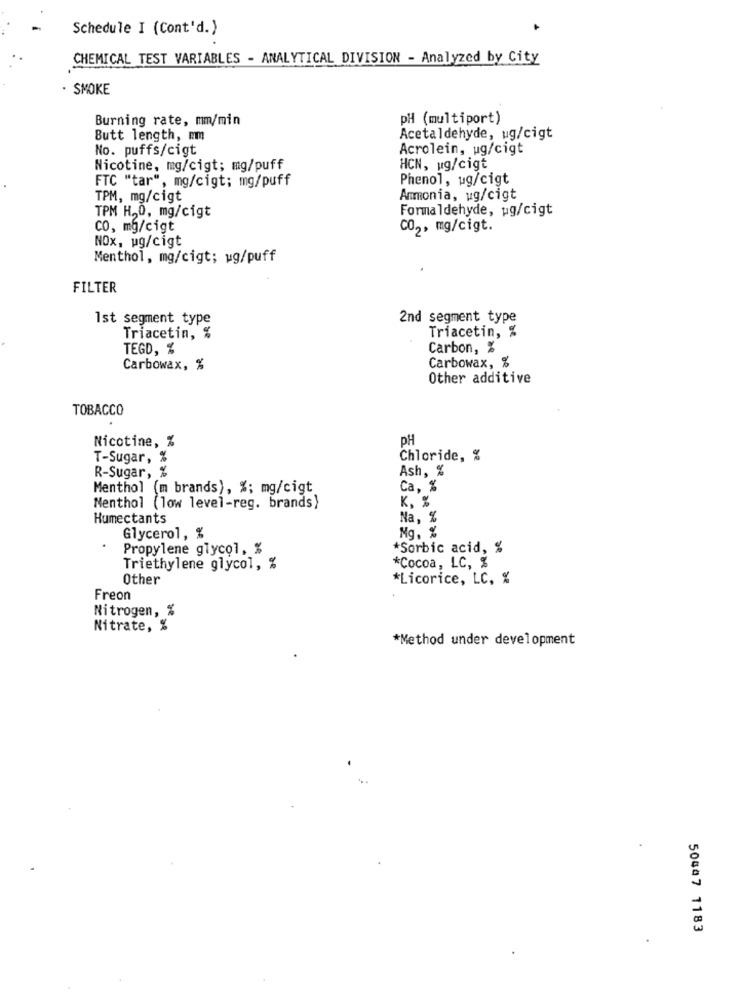
Schedule I (Cont'd.)
CHEMICAL TEST VARIABLES - ANALYTICAL DIVISION - Analyzed by City
· SMOKE
Burning rate, mm/min
pH (multiport)
Butt length, mm
Acetaldehyde, ug/cigt
No. puffs/cigt
Acrolein, ug/cigt
Nicotine, mg/cigt; mg/puff
HCN, ug/cigt
FTC "tar", mg/cigt; mg/puff
Phenol, ug/cigt
TPM, mg/cigt
Ammonia, ug/cigt
TPM H,0, mg/cigt
Formaldehyde, ug/cigt
CO, mg/cigt
CO2, mg/cigt.
NOx, ug/cigt
Menthol, mg/cigt; ug/puff
FILTER
Ist segment type
2nd segment type
Triacetin, %
Triacetin, %
TEGD, %
Carbon, %
Carbowax, %
Carbowax, %
Other additive
TOBACCO
PH
Nicotine, %
T-Sugar, %
Chloride, %
R-Sugar, %
Ash, %
Menthol (m brands), %; mg/cigt
Ca, %
K . %
Menthol (low level-reg. brands)
Humectants
Na, %
Glycerol, %
Mg, %
Propylene glycol, %
*Sorbic acid, %
Triethylene glycol, %
*Cocoa, LC, %
Other
*Licorice, LC, %
Freon
Nitrogen, %
Nitrate, %
*Method under development
50447 1183